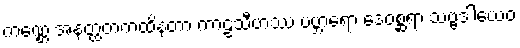
ကဏ္ဌေ အနတ္ထတကထိနတာ ကာဠသီဟဿ ပဗ္ဘာရော ဒေဝစ္ဆရာ သဗ္ဗဒါယေဝ